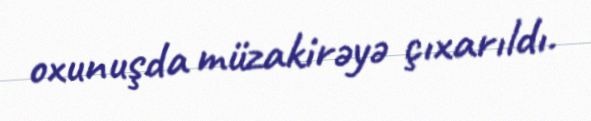
oxunuşda müzakirəyə çıxarıldı.